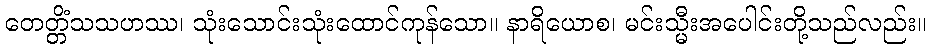
တေတ္တိံသသဟဿ၊ သုံးသောင်းသုံးထောင်ကုန်သော။ နာရိယောစ၊ မင်းသ္မီးအပေါင်းတို့သည်လည်း။